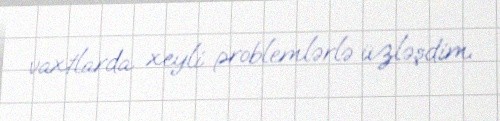
vaxtlarda xeyli problemlərlə üzləşdim.